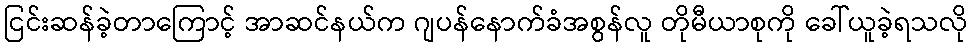
ငြင်းဆန်ခဲ့တာကြောင့် အာဆင်နယ်က ဂျပန်နောက်ခံအစွန်လူ တိုမီယာစုကို ခေါ်ယူခဲ့ရသလို